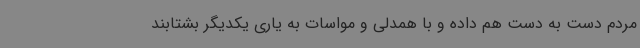
مردم دست به دست هم داده و با همدلی و مواسات به یاری یکدیگر بشتابند